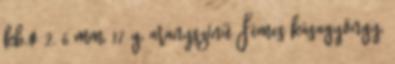
kb.ø 2, 6 mm, 17 g, aranyszínű Fémes kásagyöngy,